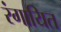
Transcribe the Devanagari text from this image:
रंगायित